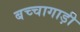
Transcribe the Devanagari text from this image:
बच्चागाड़ी